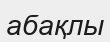
абақлы